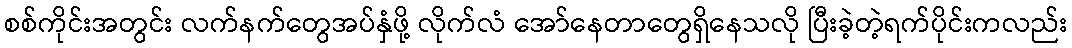
စစ်ကိုင်းအတွင်း လက်နက်တွေအပ်နှံဖို့ လိုက်လံ အော်နေတာတွေရှိနေသလို ပြီးခဲ့တဲ့ရက်ပိုင်းကလည်း